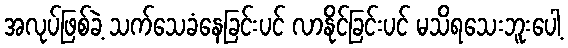
အလုပ်ဖြစ်ခဲ့ သက်သေခံနေခြင်းပင် လာနိုင်ခြင်းပင် မသိရသေးဘူးပေါ့